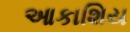
આકાશિય